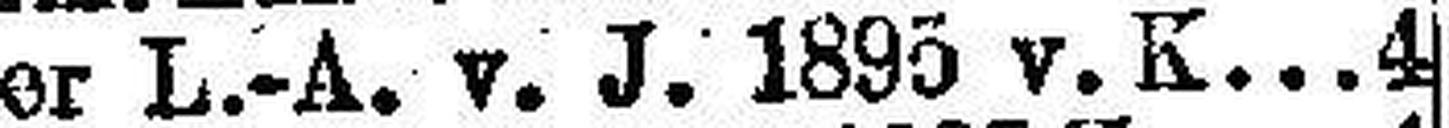
Tiroler L.-A. v. J. 1895 v. K. 4